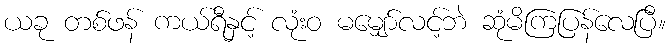
ယခု တစ်ဖန် ကယ်ရီနှင့် လုံးဝ မမျှော်လင့်ဘဲ ဆုံမိကြပြန်လေပြီ။